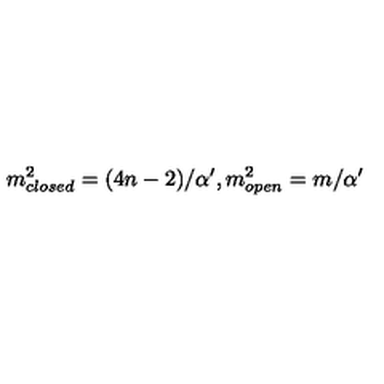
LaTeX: m _ { c l o s e d } ^ { 2 } = ( 4 n - 2 ) / { \alpha ^ { \prime } } , m _ { o p e n } ^ { 2 } = m / { \alpha ^ { \prime } }